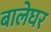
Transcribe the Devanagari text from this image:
बालेघर